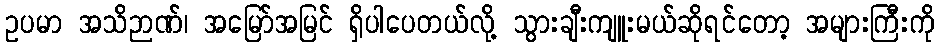
ဥပမာ အသိဉာဏ်၊ အမြော်အမြင် ရှိပါပေတယ်လို့ သွားချီးကျူးမယ်ဆိုရင်တော့ အများကြီးကို